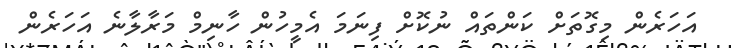
އަހަރެން މިގޮތަށް ކަންތައް ނުކޮށް ފިނަމަ އެމީހުން ހާނިމް މަރާލާނެ އަހަރެން